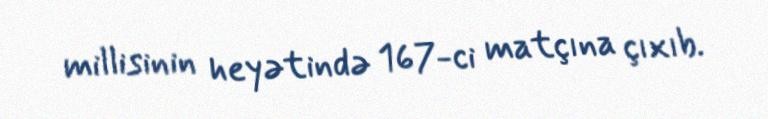
millisinin heyətində 167-ci matçına çıxıb.